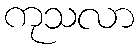
ကုသလာ